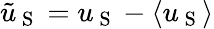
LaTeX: \tilde{u}_{\mathrm{~S~}}=u_{\mathrm{~S~}}-\langle u_{\mathrm{~S~}}\rangle